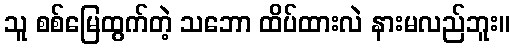
သူ စစ်မြေထွက်တဲ့ သဘော ထိပ်ထားလဲ နားမလည်ဘူး။